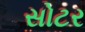
સોટર